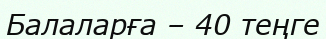
Балаларға – 40 теңге